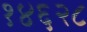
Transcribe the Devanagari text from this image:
१४६२८